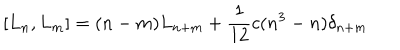
\left[ L _ { n } , L _ { m } \right] = ( n - m ) L _ { n + m } + \frac { 1 } { 1 2 } c ( n ^ { 3 } - n ) \delta _ { n + m }